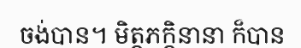
ចង់បាន។ មិត្តភក្តិនានា ក៏បាន